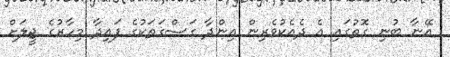
އޭނާ ބުނި ގޮތުގައި އެ ދެއެކުވެރިން އިންދާ ގަސްގަތަކުގެ ފައިދާ މިހާރުގެ ޖީލަށް